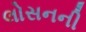
લોસનની